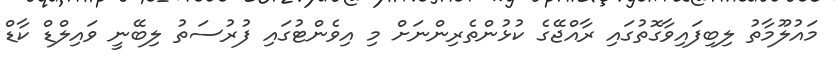
މައުލޫމާތު ލިބިފައިވާގޮތުގައި ރާއްޖޭގެ ކުޅުންތެރިންނަށް މި އިވެންޓުގައި ފުރުސަތު ލިބޭނީ ވައިލްޑް ކާޑް